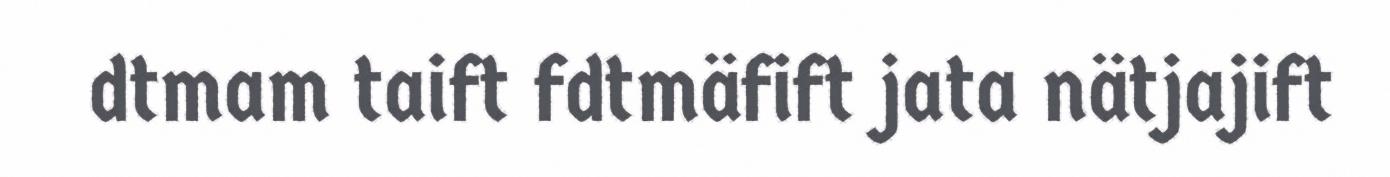
dtmam taift fdtmäfift jata nätjajift